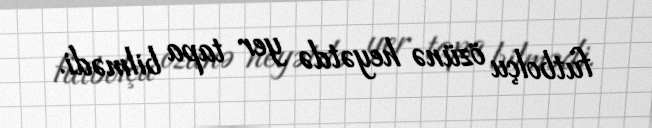
futbolçu özünə heyətdə yer tapa bilmədi.